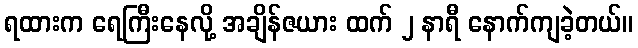
ရထားက ရေကြီးနေလို့ အချိန်ဇယား ထက် ၂ နာရီ နောက်ကျခဲ့တယ်။